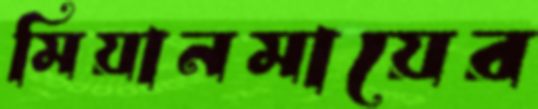
মিয়ানমায়ের